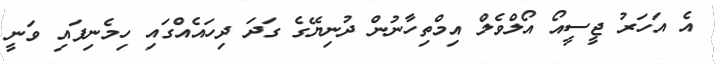
އެ އަހަރު ޖީސީއޯ އޯލްވެލް އިމްތިހާނުން ދުނިޔޭގެ ގަދަ ދިހައެއްގައި ހިމެނިފައި ވަނީ